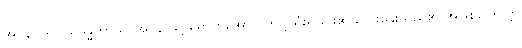
အပ္ပနာပရိဝါသဒန္ဓတာယ၊ အပ္ပနာသို့ ရောက်အောင် ကျင့်သုံးရခြင်း၏ လေးနှေးသည်၏ အဖြစ်ကြောင့်။